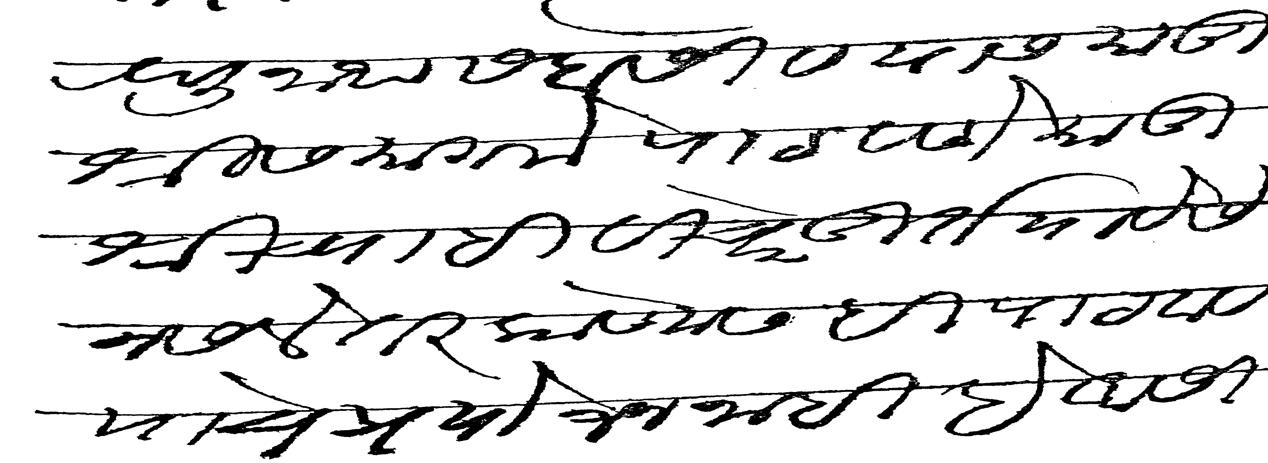
Transliteration (Devanagari): रघुनाथ सदाशिव यांस मातुश्रीसमागमें पाठवणें मातुश्रीच्याहि विचारें तूर्त यावेंसे नसलें तर कोणासहि पाठवावयाचें प्रयोजन नाहीं हे आशीर्वाद